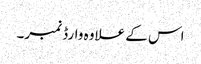
اس کے علاوہ وارڈ نمبر۔